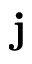
\mathbf { j }